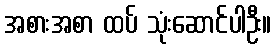
အစားအစာ ထပ် သုံးဆောင်ပါဦး။